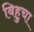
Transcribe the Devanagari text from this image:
बिहुचा